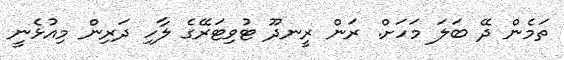
ތަމެން ދޭ ބަލަ މަހަށް. ރަން ރީނދޫ ޓުވިޓަރޭގެ ލާހި ދަރިން މިއުޅެނީ